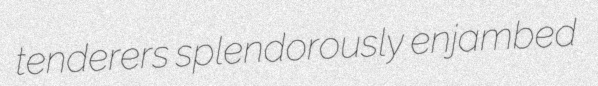
tenderers splendorously enjambed